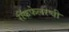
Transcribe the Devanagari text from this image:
रॉकफेलरची